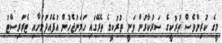
މީގެ ކުރިންވެސް ތުރުކީގެ ސަރުކާރުން ވަނީ ތުރުކީގެ ތެރޭގައި ހަމަނުޖެހުން އުފެއްދުމަށާއި ޓެރަރިސްޓު